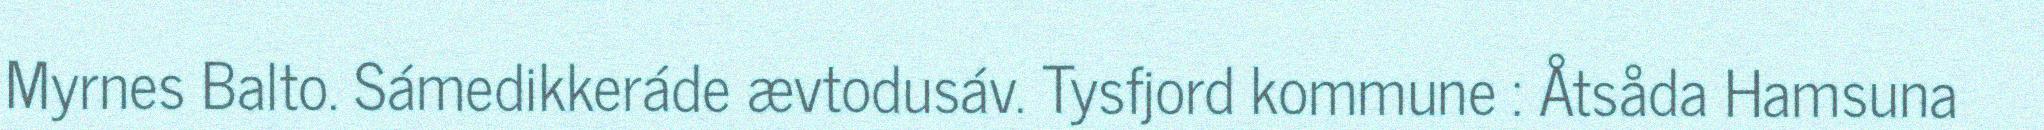
Myrnes Balto. Sámedikkeráde ævtodusáv. Tysfjord kommune : Åtsåda Hamsuna